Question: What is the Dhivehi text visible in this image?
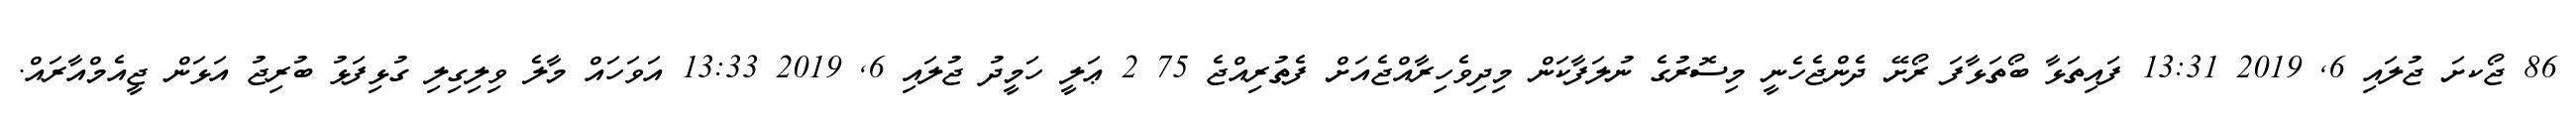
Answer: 86 ޖޯކށަ ޖުލައި 6, 2019 13:31 ފައިތަޅާ ބޯތަޅާފަ ރޯށޭ ދެންޖެހެނީ މިސޮރުގެ ނުލަފާކަން މިދިވެހިރާއްޖެއަށް ފެތުރިއްޖެ 75 2 ޢަލީ ހަމީދު ޖުލައި 6, 2019 13:33 އަވަހައް މާލެ ވިލިގިލި ގުޅިފަޅު ބުރިޖު އަޅަން ޖީއެމްއާރައް.